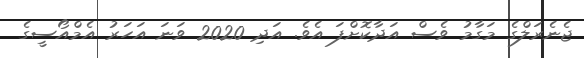
ޖެނެރަލްގެ މަގާމު ވެސް އަދާކޮށްފަ އެވެ. އަދި 2020 ވަނަ އަހަރު އެމްއޯސީގެ